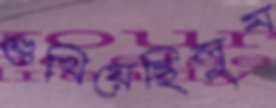
শুখিয়েছিলুম